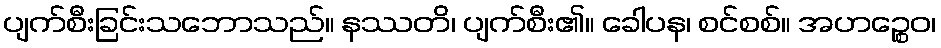
ပျက်စီးခြင်းသဘောသည်။ နဿတိ၊ ပျက်စီး၏။ ခေါပန၊ စင်စစ်။ အဟဉ္စေဝ၊